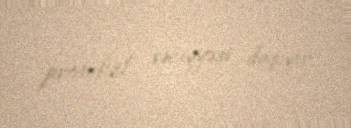
protokol səciyyəsi daşıyır.